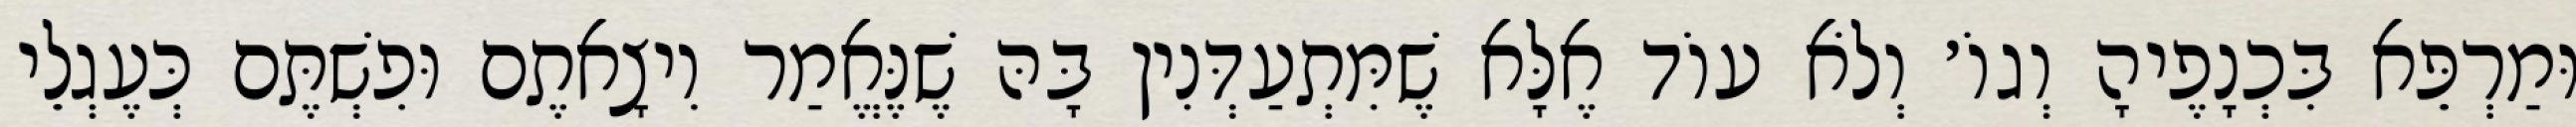
וּמַרְפֵּא בִּכְנָפֶיהָ וְגוֹ׳ וְלֹא עוֹד אֶלָּא שֶׁמִּתְעַדְּנִין בָּהּ שֶׁנֶּאֱמַר וִיצָאתֶם וּפִשְׁתֶּם כְּעֶגְלֵי